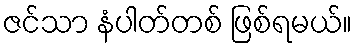
ဇင်သာ နံပါတ်တစ် ဖြစ်ရမယ်။